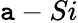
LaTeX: \mathtt{a}-Si